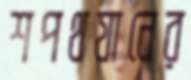
শপথযানের